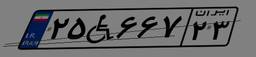
۷۱W۹۱۹۰۷